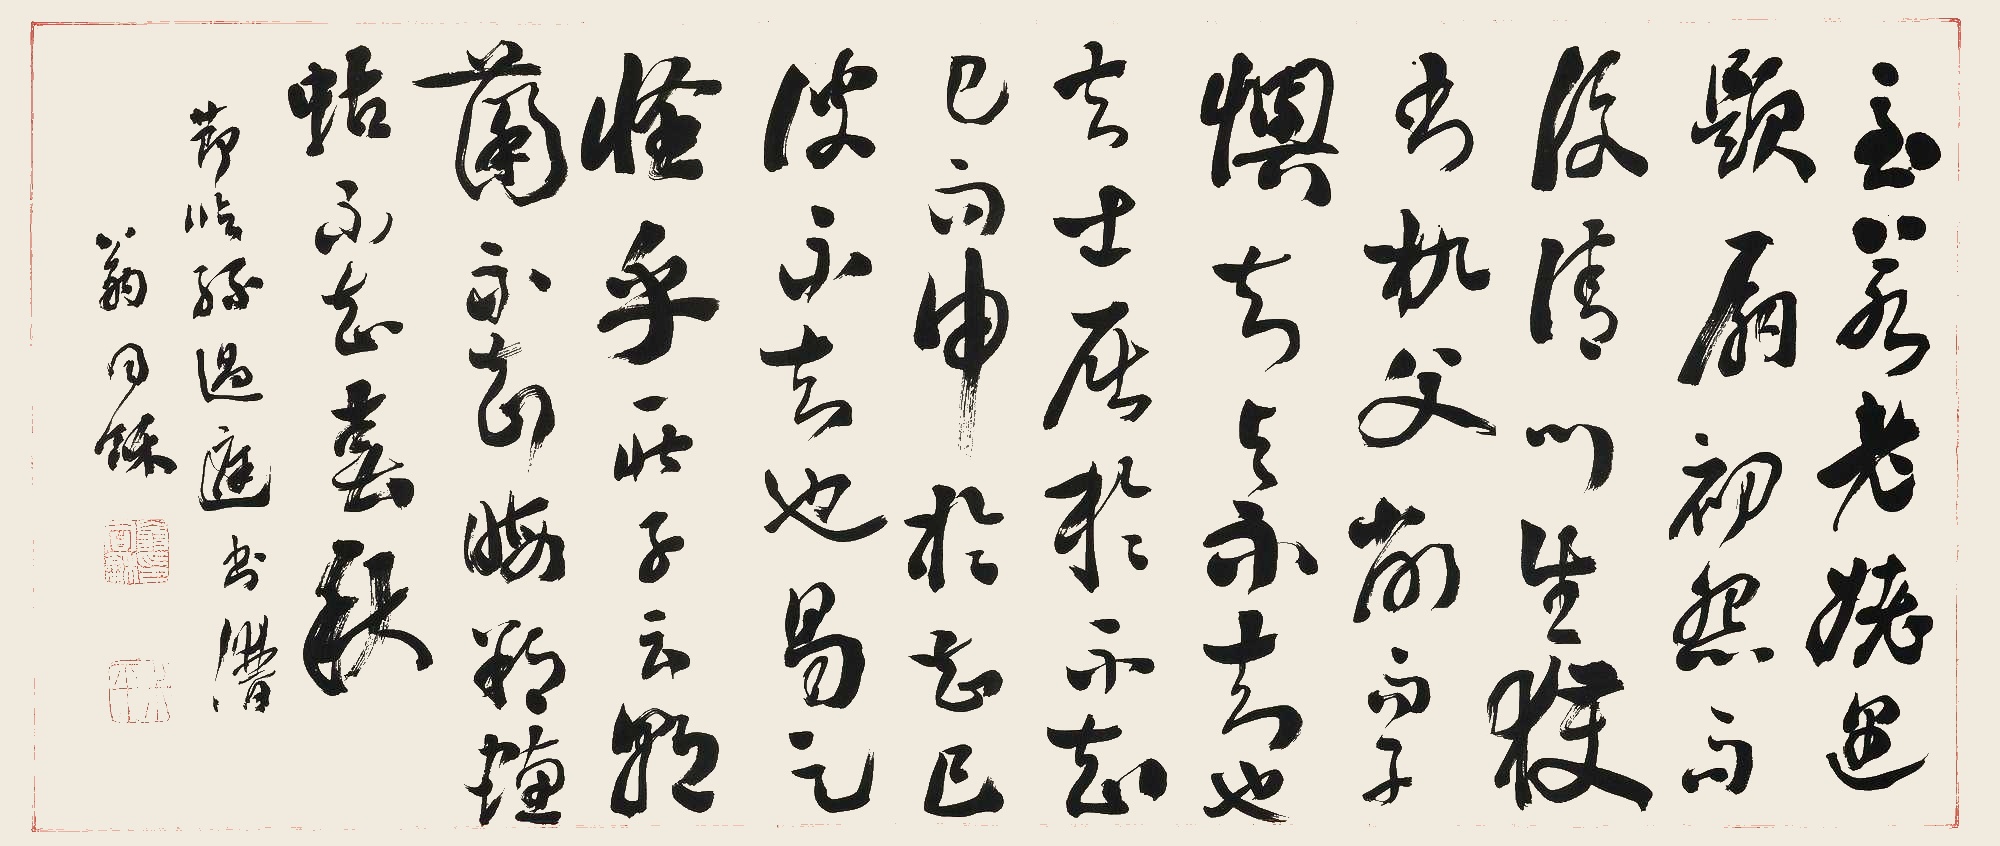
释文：至若老姥遇题扇，初怨而后请；门生获书几，父削而子懊。知与不知也。夫士屈于不知己，而申于知己；彼不知也，曷足怪乎！故庄子曰：朝菌不知晦朔，蟪蛄不知春秋。节临孙过庭书谱。翁同龢。